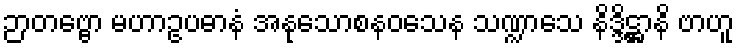
ဉာတဗ္ဗော မဟာဥပဓာနံ အနုသောစနဝသေန သဏ္ဍာသေ နိဒ္ဒိဋ္ဌာနိ ဗာဟူ